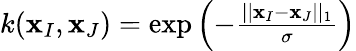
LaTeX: \begin{array}{r}{k(\mathbf{x}_{I},\mathbf{x}_{J})=\exp{\left(-\frac{\vert\vert\mathbf{x}_{I}-\mathbf{x}_{J}\vert\vert_{1}}{\sigma}\right)}}\end{array}